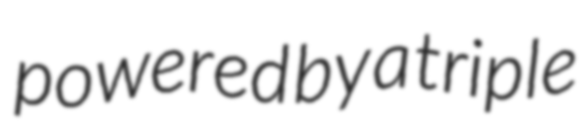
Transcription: powered by a triple